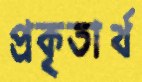
প্রকৃতার্থ